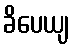
ခိပေယျ